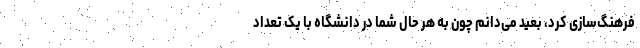
فرهنگ‌سازی کرد، بعید می‌دانم چون به هر حال شما در دانشگاه با یک تعداد